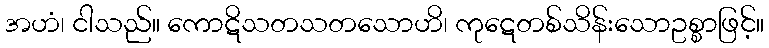
အဟံ၊ ငါသည်။ ကောဋိသတသတသောဟိ၊ ကုဋေတစ်သိန်းသောဥစ္စာဖြင့်။